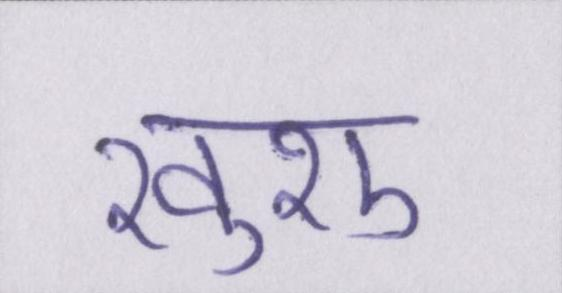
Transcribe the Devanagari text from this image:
खुशु